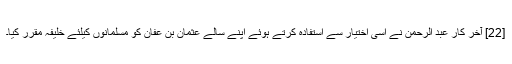
[22] آخر کار عبد الرحمن نے اسی اختیار سے استفادہ کرتے ہوئے اپنے سالے عثمان بن عفان کو مسلمانوں کیلئے خلیفہ مقرر کیا۔